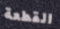
القطعة